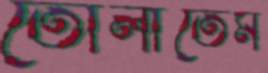
তোলাতেম